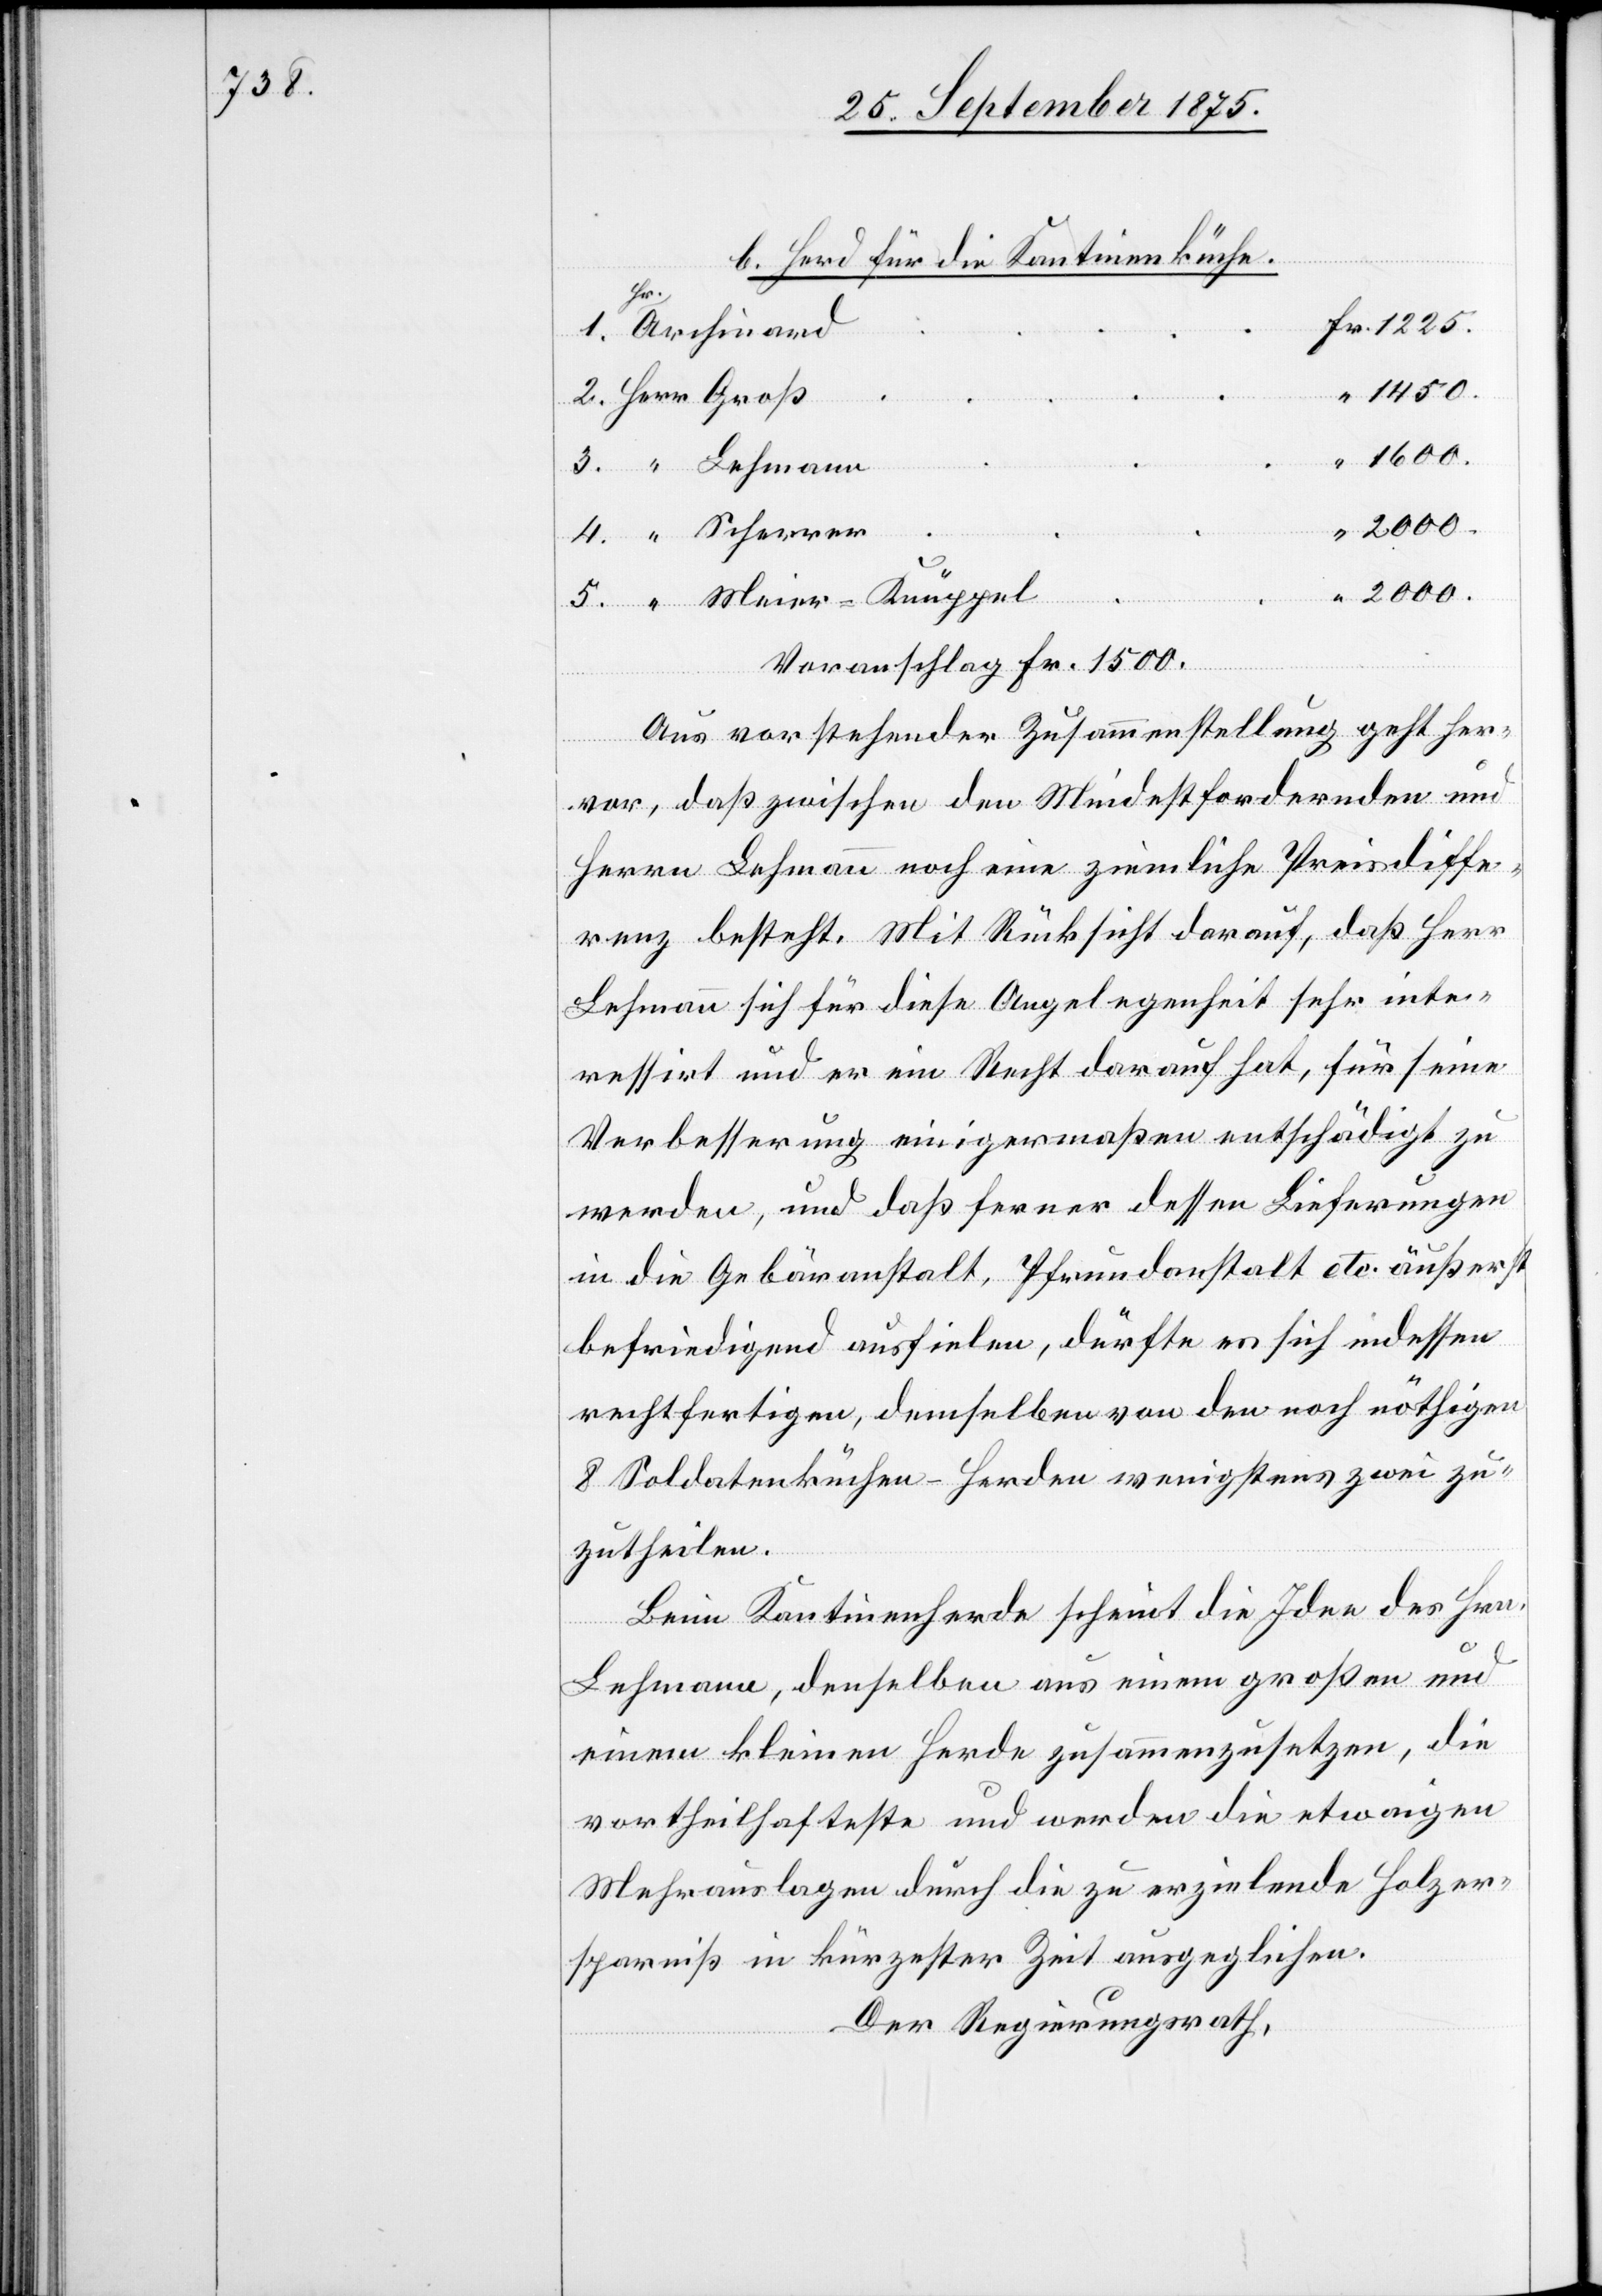
b. Herd für die Kantinenküche.
Groß
1450.
1600.
Lehmann
2000.
Voranschlag Fr. 1500.
Aus vorstehender Zusammenstellung geht her¬
Scherrer
vor, daß zwischen den Mindestfordernden und
Herrn Lehmann noch eine ziemliche Preisdiffe¬
renz besteht. Mit Rücksicht darauf, daß Herr
Lehmann sich für diese Angelegenheit sehr inte¬
ressirt und er ein Recht darauf hat, für seine
Verbesserung einigermaßen entschädigt zu
werden, und daß ferner dessen Lieferungen
in die Gebäranstalt, Pfrundanstalt etc. äußerst
befriedigend ausfielen, dürfte es sich indessen
rechtfertigen, demselben von den noch nöthigen
8 Soldatenküchen-Herden wenigstens zwei zu¬
zutheilen.
Beim Kantinenherde scheint die Idee des Hrn.
Lehmann, denselben aus einem großen und
einem kleinen Herde zusammenzusetzen, die
vortheilhafteste und werden die etwaigen
Mehrauslagen durch die zu erzielende Holzer¬
sparniß in kürzester Zeit ausgeglichen.
Der Regierungsrath,